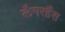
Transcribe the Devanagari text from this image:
लैगरहैंस